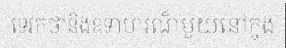
ទេវកថានិងឧទាហរណ៏មួយនៅក្នុង